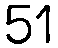
51